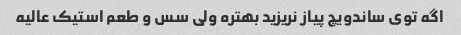
اگه توی ساندویچ پیاز نریزید بهتره ولی سس و طعم استیک عالیه